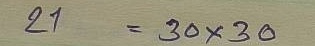
21 = 30 x 30